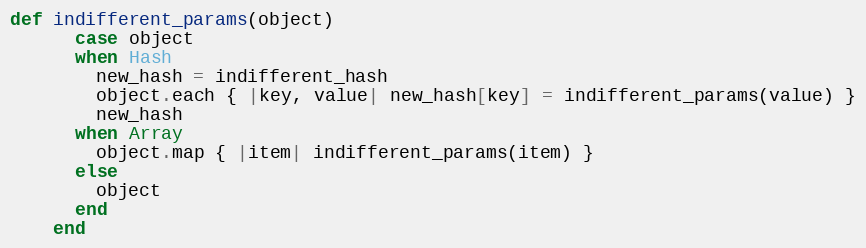
Language: Ruby
def indifferent_params(object)
      case object
      when Hash
        new_hash = indifferent_hash
        object.each { |key, value| new_hash[key] = indifferent_params(value) }
        new_hash
      when Array
        object.map { |item| indifferent_params(item) }
      else
        object
      end
    end